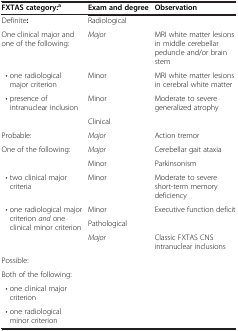
<table><thead><tr><td><b>FXTAS category:<sup>a</sup></b></td><td><b>Exam and degree</b></td><td><b>Observation</b></td></tr></thead><tbody><tr><td>Definite<b>:</b></td><td colspan="2">Radiological</td></tr><tr><td>One clinical major and one of the following:</td><td><i>Major</i></td><td>MRI white matter lesions in middle cerebellar peduncle and/or brain stem</td></tr><tr><td> • one radiological major criterion</td><td>Minor</td><td>MRI white matter lesions in cerebral white matter</td></tr><tr><td rowspan="2"> • presence of intranuclear inclusion</td><td>Minor</td><td>Moderate to severe generalized atrophy</td></tr><tr><td colspan="2">Clinical</td></tr><tr><td>Probable:</td><td><i>Major</i></td><td>Action tremor</td></tr><tr><td rowspan="2">One of the following:</td><td><i>Major</i></td><td>Cerebellar gait ataxia</td></tr><tr><td>Minor</td><td>Parkinsonism</td></tr><tr><td> • two clinical major criteria</td><td>Minor</td><td>Moderate to severe short-term memory deficiency</td></tr><tr><td rowspan="3"> • one radiological major criterion <i>and</i> one clinical minor criterion</td><td>Minor</td><td>Executive function deficit</td></tr><tr><td colspan="2">Pathological</td></tr><tr><td><i>Major</i></td><td>Classic FXTAS CNS intranuclear inclusions</td></tr><tr><td>Possible:</td><td rowspan="4" colspan="2"> </td></tr><tr><td>Both of the following:</td></tr><tr><td> • one clinical major criterion</td></tr><tr><td> • one radiological minor criterion</td></tr></tbody></table>